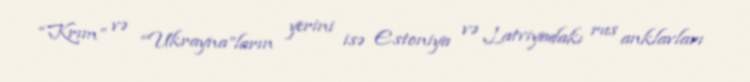
“Krım” və “Ukrayna”ların yerini isə Estoniya və Latviyadakı rus anklavları